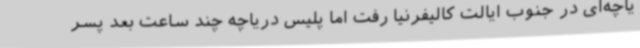
یاچه‌ای در جنوب ایالت کالیفرنیا رفت اما پلیس دریاچه چند ساعت بعد پسر